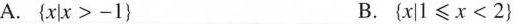
A.$${ x | x > - 1 }$$ B.$${ x | 1 ≤ x < 2 } $$